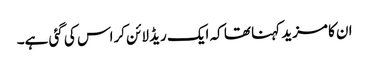
ان کا مزید کہنا تھا کہ ایک ریڈ لائن کراس کی گئی ہے۔